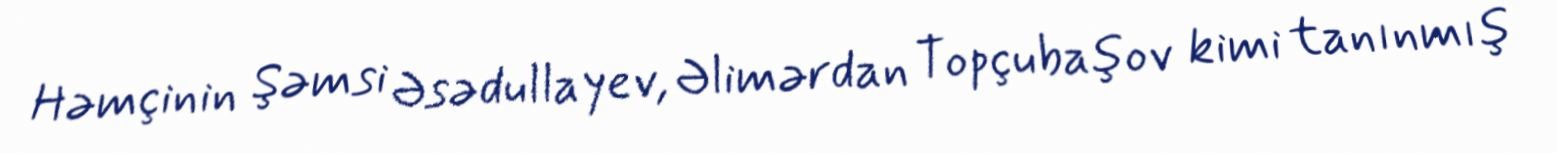
Həmçinin Şəmsi Əsədullayev, Əlimərdan Topçubaşov kimi tanınmış